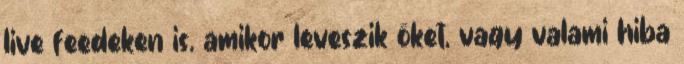
live feedeken is, amikor leveszik őket, vagy valami hiba